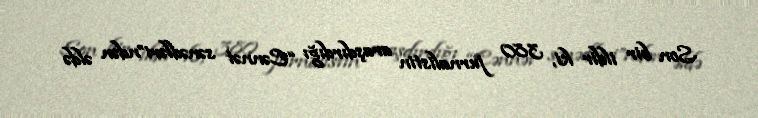
Son bir ildir ki, 380 jurnalistin araşdırdığı “Cənnət sənədləri”ndən əldə